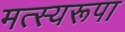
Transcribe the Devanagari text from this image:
मत्स्यरूपा